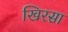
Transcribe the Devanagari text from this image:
खिरसा